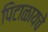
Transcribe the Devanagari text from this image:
पिटाळायचे